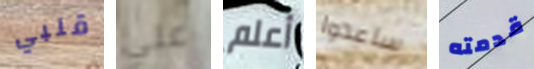
قلبي علي أعلم ساعدوا قدمته